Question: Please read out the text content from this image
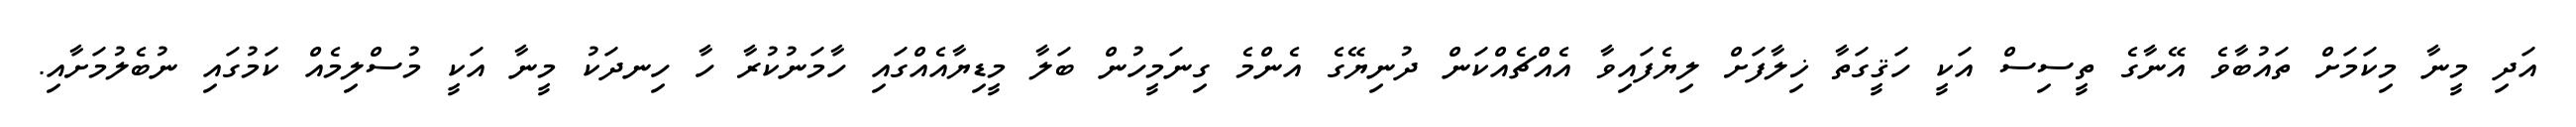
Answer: އަދި މީނާ މިކަމަށް ތައުބާވެ އޭނާގެ ތީސިސް އަކީ ހަޤީގަތާ ޚިލާފަށް ލިޔެފައިވާ އެއްޗެއްކަން ދުނިޔޭގެ އެންމެ ގިނަމީހުން ބަލާ މީޑިޔާއެއްގައި ހާމަނުކުރާ ހާ ހިނދަކު މީނާ އަކީ މުސްލިމެއް ކަމުގައި ނުބެލުމަށާއި.